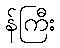
န်ကြီး